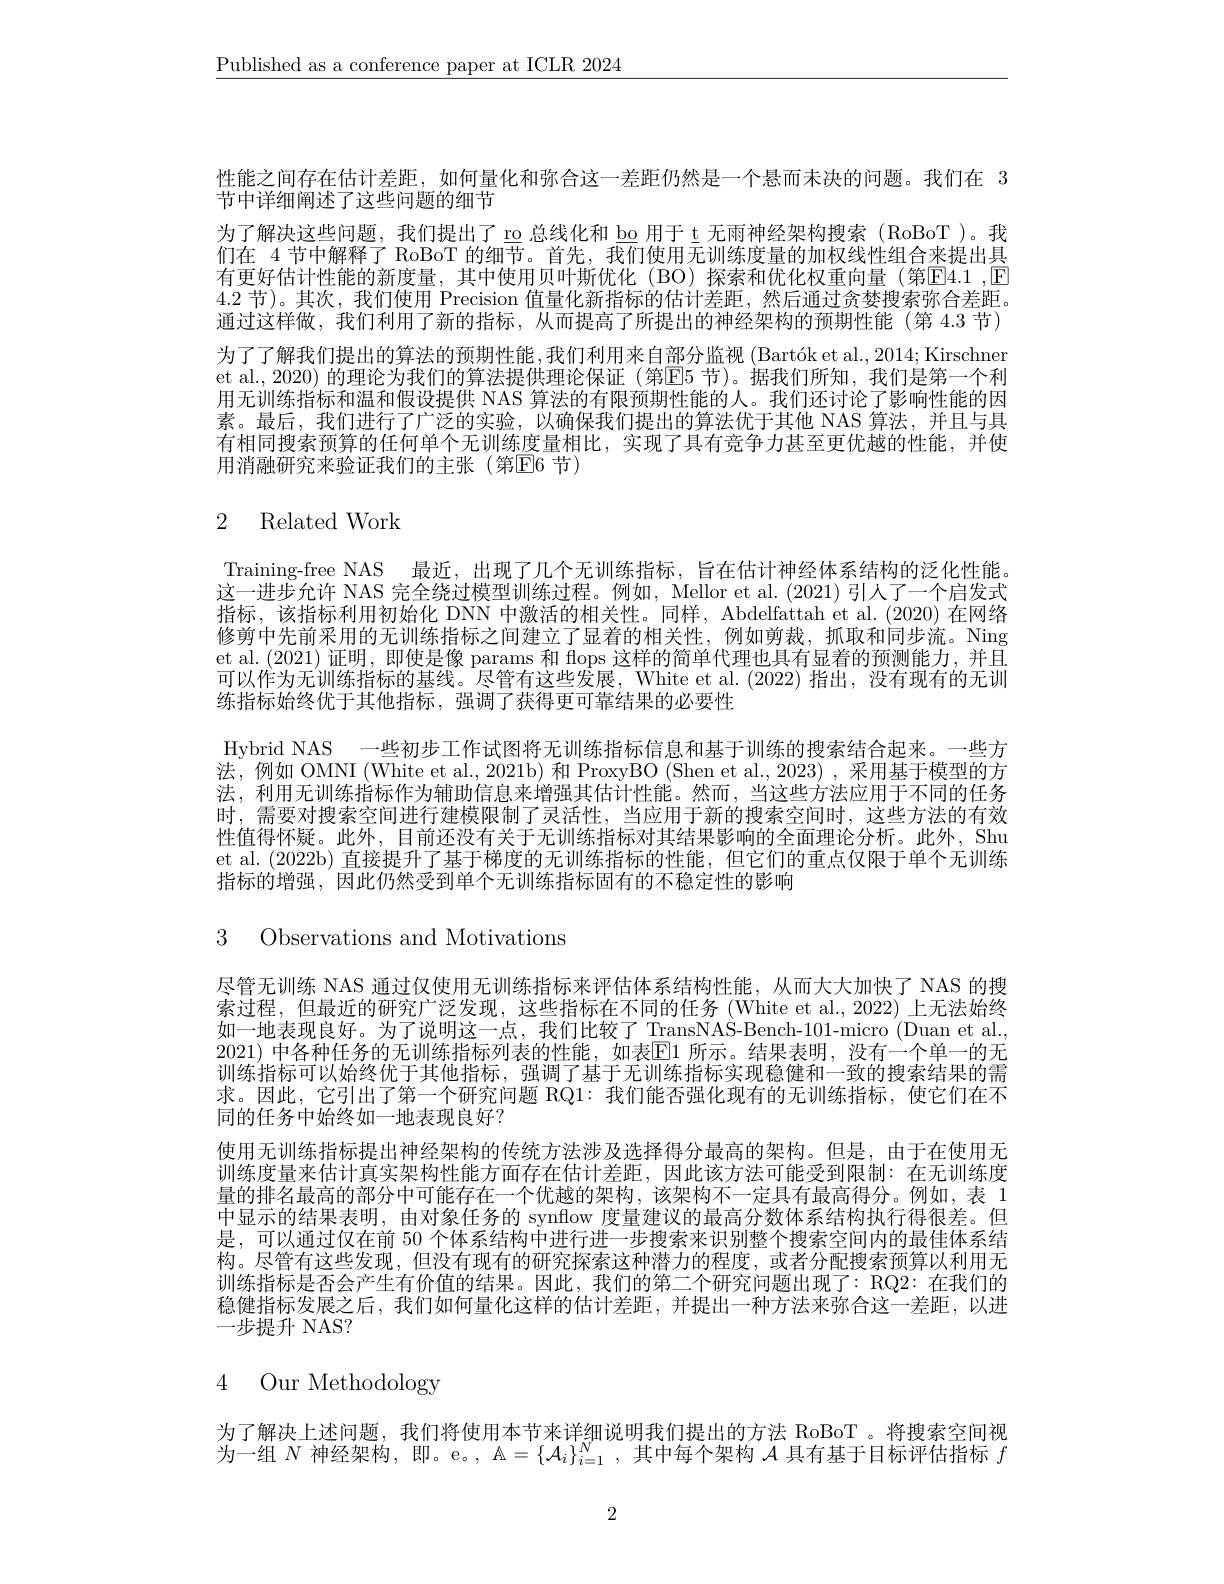
$\underline{\text{Published as a conference paper at ICLR 2024}}$

性能之间存在估计差距，如何量化和弥合这一差距仍然是一个悬而未决的问题。我们在 3
节中详细阐述了这些问题的细节
为了解决这些问题，我们提出了 ro 总线化和 bo 用于 t 无雨神经架构搜索 (RoBoT )。我们在 4 节中解释了 RoBoT 的细节。首先，我们使用无训练度量的加权线性组合来提出具有更好估计性能的新度量，其中使用贝叶斯优化(BO)探索和优化权重向量(第E4.1 ,$\mathbb{E}$ 4.2 节)。其次，我们使用 Precision 值量化新指标的估计差距，然后通过贪婪搜索弥合差距。通过这样做，我们利用了新的指标，从而提高了所提出的神经架构的预期性能(第 4.3 节) 为了了解我们提出的算法的预期性能，我们利用来自部分监视 (Bartók et al., 2014; Kirschner et al., 2020) 的理论为我们的算法提供理论保证 (第E5 节)。据我们所知，我们是第一个利用无训练指标和温和假设提供 NAS 算法的有限预期性能的人。我们还讨论了影响性能的因素。最后，我们进行了广泛的实验，以确保我们提出的算法优于其他 NAS 算法，并且与具有相同搜索预算的任何单个无训练度量相比，实现了具有竞争力甚至更优越的性能，并使用消融研究来验证我们的主张(第$\mathbb{E}$6 节)

# 2 Related Work

Training-free NAS 最近，出现了几个无训练指标，旨在估计神经体系结构的泛化性能。这一进步允许 NAS 完全绕过模型训练过程。例如，Mellor et al.(2021) 引人了一个启发式指标，该指标利用初始化 DNN 中激活的相关性。同样，Abdelfattah et al.(2020)在网络修剪中先前采用的无训练指标之间建立了显着的相关性，例如剪裁，抓取和同步流。Ning et al. (2021)证明，即使是像 params 和 flops 这样的简单代理也具有显着的预测能力，并且可以作为无训练指标的基线。尽管有这些发展，White et al.(2022) 指出，没有现有的无训练指标始终优于其他指标，强调了获得更可靠结果的必要性
Hybrid NAS 一些初步工作试图将无训练指标信息和基于训练的搜索结合起来。一些方法，例如 OMNI (White et al., 2021b) 和 ProxyBO (Shen et al., 2023) , 采用基于模型的方法，利用无训练指标作为辅助信息来增强其估计性能。然而，当这些方法应用于不同的任务时，需要对搜索空间进行建模限制了灵活性，当应用于新的搜索空间时，这些方法的有效性值得怀疑。此外，目前还没有关于无训练指标对其结果影响的全面理论分析。此外，Shu et al. (2022b) 直接提升了基于梯度的无训练指标的性能，但它们的重点仅限于单个无训练指标的增强，因此仍然受到单个无训练指标固有的不稳定性的影响

3 Observations and Motivations

尽管无训练 NAS 通过仅使用无训练指标来评估体系结构性能，从而大大加快了 NAS 的搜索过程，但最近的研究广泛发现，这些指标在不同的任务(White et al., 2022)上无法始终如一地表现良好。为了说明这一点，我们比较了 TransNAS-Bench-101-micro (Duan et al. 2021) 中各种任务的无训练指标列表的性能，如表$\mathbb{E}$1 所示。结果表明，没有一个单一的无训练指标可以始终优于其他指标，强调了基于无训练指标实现稳健和一致的搜索结果的需求。因此，它引出了第一个研究问题 RQ1:我们能否强化现有的无训练指标，使它们在不同的任务中始终如一地表现良好？
使用无训练指标提出神经架构的传统方法涉及选择得分最高的架构。但是，由于在使用无训练度量来估计真实架构性能方面存在估计差距，因此该方法可能受到限制：在无训练度量的排名最高的部分中可能存在一个优越的架构，该架构不一定具有最高得分。例如，表 1中显示的结果表明，由对象任务的 synflow 度量建议的最高分数体系结构执行得很差。但是，可以通过仅在前 50 个体系结构中进行进一步搜索来识别整个搜索空间内的最佳体系结构。尽管有这些发现，但没有现有的研究探索这种潜力的程度，或者分配搜索预算以利用无训练指标是否会产生有价值的结果。因此，我们的第二个研究问题出现了：RQ2:在我们的稳健指标发展之后，我们如何量化这样的估计差距，并提出一种方法来弥合这一差距，以进一步提升 NAS?

# 4 Our Methodology

为了解决上述问题，我们将使用本节来详细说明我们提出的方法 RoBoT 。将搜索空间视为一组$N$神经架构，即。e。, $\mathbb{A}=\{\mathcal{A}_i\}_i=1^N$,其中每个架构$\mathcal{A}$具有基于目标评估指标$f$

2